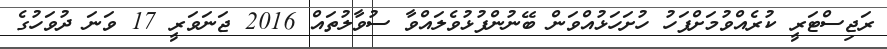
ރަޖިސްޓަރީ ކުރެއްވުމަށްފަހު ހުށަހަޅުއްވަން ބޭނުންފުޅުވެލައްވާ ސުވާލުތައް 2016 ޖަނަވަރީ 17 ވަނަ ދުވަހުގެ